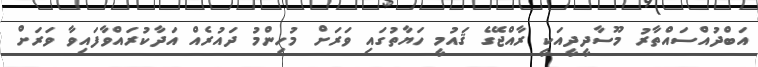
އަބްދުއްސައްތާރު މޫސާދީދީއަކީ ރާއްޖޭގެ ޤައުމީ ހަޔާތުގައި ވަރަށް މުހިންމު ދައުރެއް އަދާކުރައްވާފައިވާ ވަރަށް